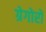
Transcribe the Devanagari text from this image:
ग्रेगोरो